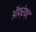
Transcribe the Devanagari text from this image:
ऑफ्रेक्ट